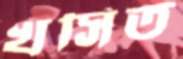
খসিত